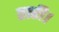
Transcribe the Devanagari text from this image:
तारी।